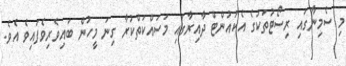
މި ސެމިނާގައި ރިސޯޓުތަކުގެ އެކައުންޓް ދާއިރާގައި މަސައްކަތްކުރާ ގިނަ މީހުން ބައިވެރިވެފައިވެ އެވެ.